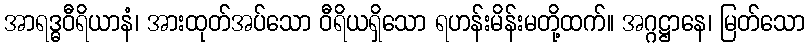
အာရဒ္ဓဝီရိယာနံ၊ အားထုတ်အပ်သော ဝီရိယရှိသော ရဟန်းမိန်းမတို့ထက်။ အဂ္ဂဋ္ဌာနေ၊ မြတ်သော